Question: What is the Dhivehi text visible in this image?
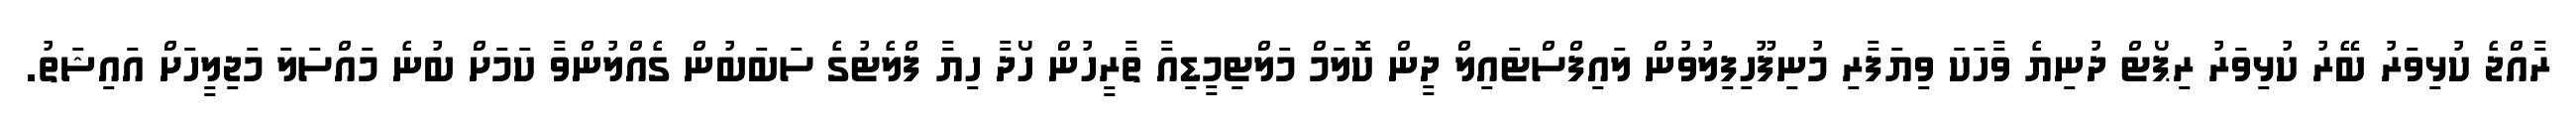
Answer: ރާއްޖެ ކުޅިވަރު ބޭރު ކުޅިވަރު ރިޕޯޓް ދުނިޔެ ވާހަކަ ވިޔަފާރި މުނިފޫހިފިލުވުން ލައިފްސްޓައިލް ދީން ކޮލަމް މަލްޓިމީޑިއާ ތާރީހުން ހޯދާ ހިޔާ ފްލެޓުގެ ސަބަބުން ގެއްލުންވާ ކަމަށް ބުނެ މައްސަލަ މަޖިލީހަށް އައިޝަތު.